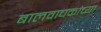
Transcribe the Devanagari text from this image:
बालवाचकांच्या